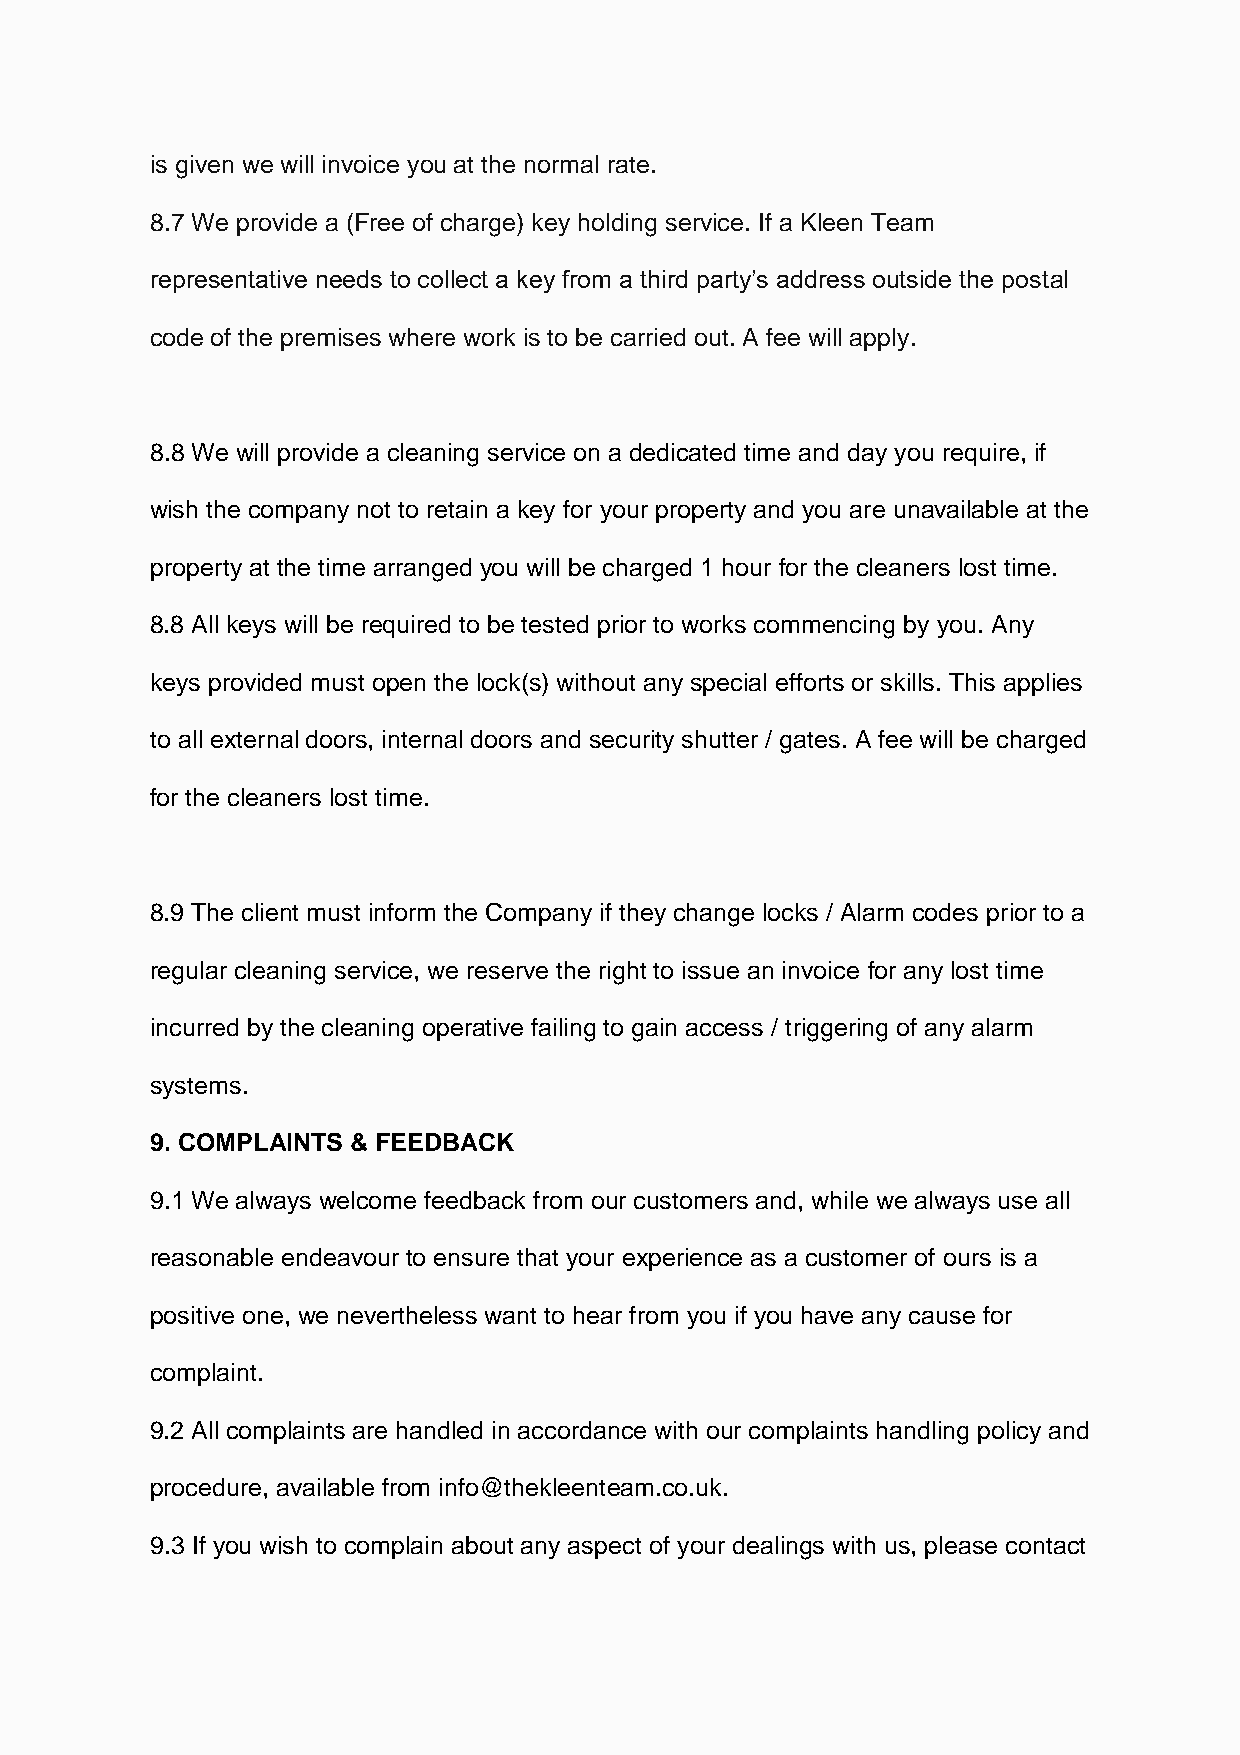
is given we will invoice you at the normal rate.
 8.7 We provide a (Free of charge) key holding service. If a Kleen Team
 representative needs to collect a key from a third party’s address outside the postal
 code of the premises where work is to be carried out. A fee will apply.
 8.8 We will provide a cleaning service on a dedicated time and day you require, if
 wish the company not to retain a key for your property and you are unavailable at the
 property at the time arranged you will be charged 1 hour for the cleaners lost time.
 8.8 All keys will be required to be tested prior to works commencing by you. Any
 keys provided must open the lock(s) without any special efforts or skills. This applies
 to all external doors, internal doors and security shutter / gates. A fee will be charged
 for the cleaners lost time.
 8.9 The client must inform the Company if they change locks / Alarm codes prior to a
 regular cleaning service, we reserve the right to issue an invoice for any lost time
 incurred by the cleaning operative failing to gain access / triggering of any alarm
 systems.
 9. COMPLAINTS & FEEDBACK
 9.1 We always welcome feedback from our customers and, while we always use all
 reasonable endeavour to ensure that your experience as a customer of ours is a
 positive one, we nevertheless want to hear from you if you have any cause for
 complaint.
 9.2 All complaints are handled in accordance with our complaints handling policy and
 procedure, available from info@thekleenteam.co.uk.
 9.3 If you wish to complain about any aspect of your dealings with us, please contact